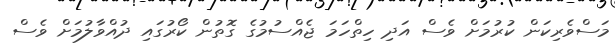
މަސްވެރިކަން ކުރުމަށް ވެސް އަދި ހިތްހަމަ ޖެއްސުމުގެ ގޮތުން ކޯރުގައި ދުއްވާލުމަށް ވެސް